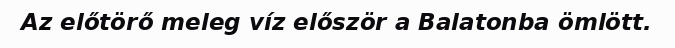
Az előtörő meleg víz először a Balatonba ömlött.